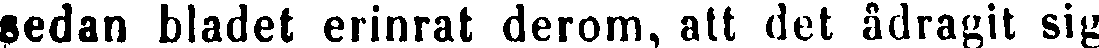
sedan bladet erinrat derom, att det ådragit sig